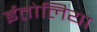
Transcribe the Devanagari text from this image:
ईतोलिया